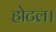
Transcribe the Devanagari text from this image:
होटल।